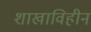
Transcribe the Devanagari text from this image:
शाखाविहीन